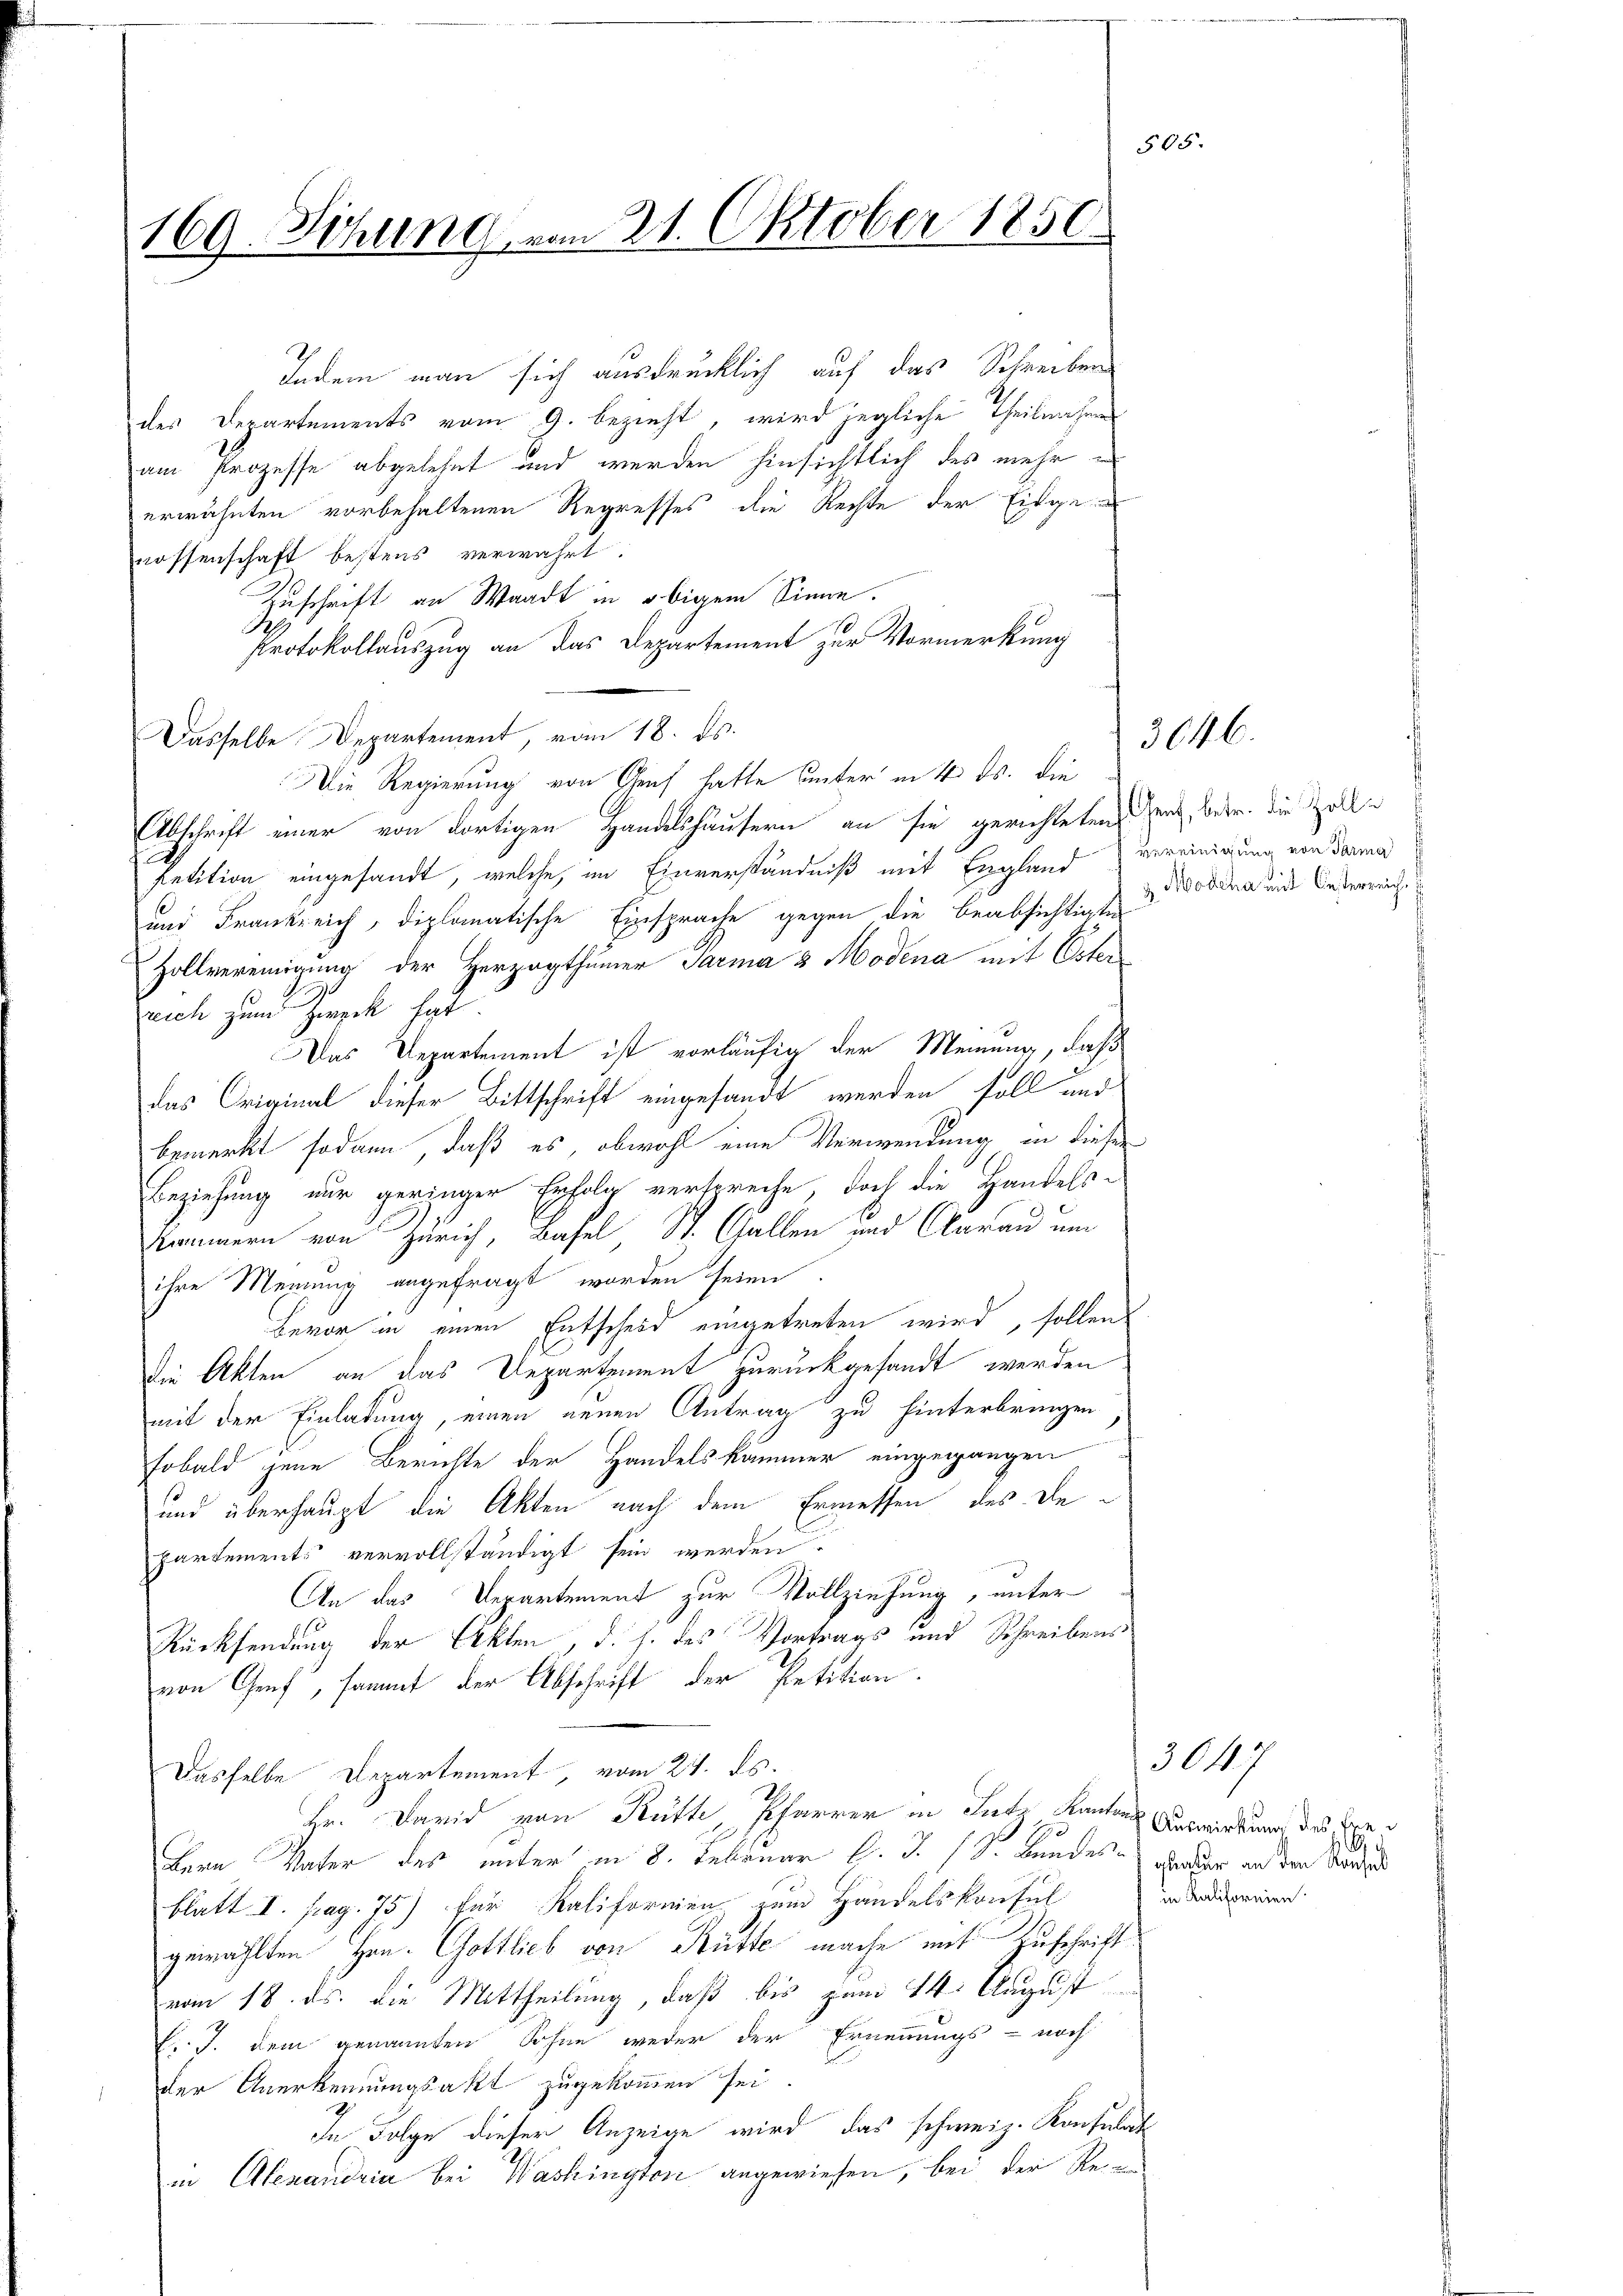
169. Sichung vom 21. Oktober 1850

Indem man sich ausdrücklich auf das Schreiben
des Departements vom 9. bezieht, wird jegliche Theilnahmen
am Prozesse abgelehnt und werden hinsichtlich des mehr
erwähnten vorbehaltenen Regresses die Rechte der Eisgenossenschaft bestens verwahrt.
Zuschrift an Waadt in obigem Sinne.
Protokollauszug an das Departement zur Vormerkung
Dasselbe Departement, vom 18. ds.
Die Regierung von Genf hatte unter in 4. ds. die
Abschrift einer von dortigen Handelshäusern an sie gerichteten Genz, betr. die Zolli
Retition eingesandt, welche, im Einverständniß mit England vereinigung von darna
und Frankreich, diplomatische Einsprache gegen die beabsichtigte
Hollvereinigung der Herzogthümer Parma 3 Modena mit Oster
reich zum Zweck hat.
Das Departement ist vorläufig der Meinung, daß
das Original dieser Bittschrift eingesandt werden soll und
bemerkt sodann, daß es, obwohl eine Verwendung in dieser
Beziehung nur geringer Erfolg verspreche, doch die Handels-
Kammern von Zürich, Basel St. Gallen und Clarau um
ihre Meinung angefragt worden seien.
Bevor in einen Entscheid eingetreten wird, sollen
die Akten an das Departement zurückgesandt werden
mit der Einladung, einen neuen Antrag zu hinterbringen
Tobald jene Berichte der Handelskammer eingegangen
und überhaupt die Akten nach dem Ermessen des Departements vervollständigt sein werden.
An das Departement zur Vollziehung, unter
Rücksendung der Akten, d. h. des Vortrags und Schreibens
von Genf, sammt der Abschrift der Petition
Dasselbe Departement, vom 27. ds.
Hr. David von Rüth, Pfarrer in Lutz kanten Auswirkung des Eige
Bern Vater des unter im 8. Februar l. J. (S. Bundes, derer an den Vorden
blatt I. pag. 75) für Kaliformen zum Handelskonsul
gewählten Hrn. Gottlieb von Hütte mache mit Zuschrift
vom 18. ds. die Mittheilung, daß bis zum 14. August
C. J. dem genannten Sohne weder der Ernennungs- noch
der Anerkennungsakt zugekommen sei
In Folge dieser Anzeige wird das schweiz. Konsulat
in Alexandria bei Washington angewiesen, bei der Re

g

505

3. Modena mit Oesterreich

3646.

in Kalifornien.

307